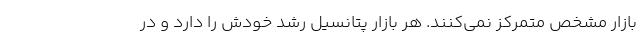
بازار مشخص متمرکز نمی‌کنند. هر بازار پتانسیل رشد خودش را دارد و در